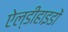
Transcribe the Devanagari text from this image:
ऐल्डीहाइडों